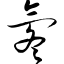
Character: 氡